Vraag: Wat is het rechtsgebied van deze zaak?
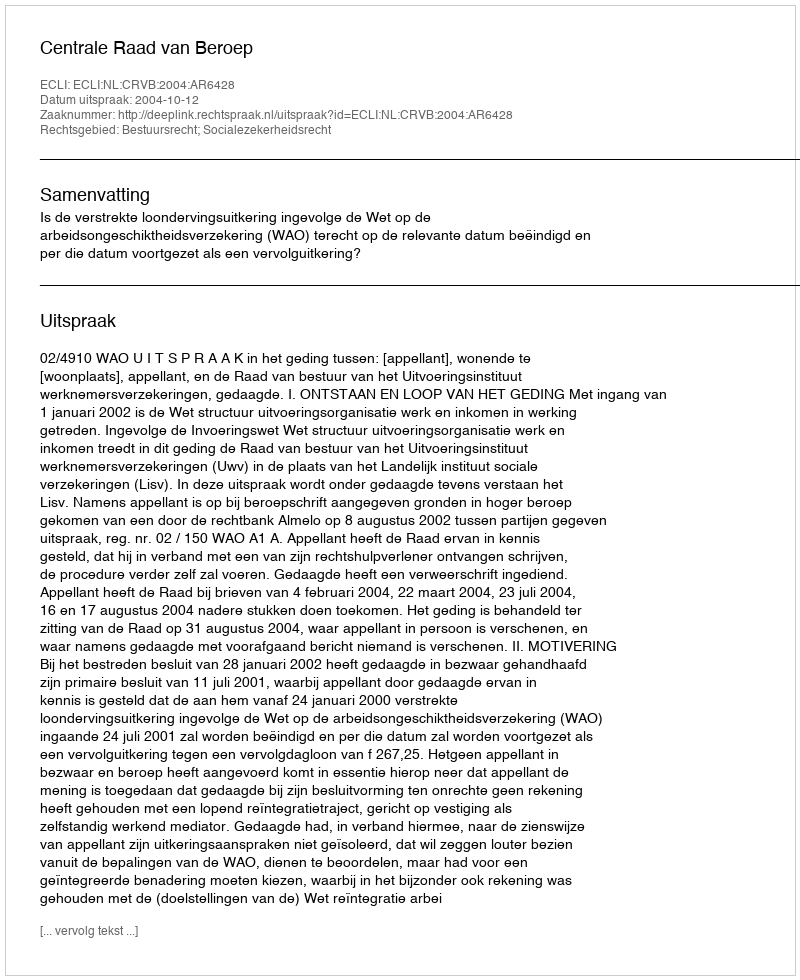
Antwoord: Bestuursrecht; Socialezekerheidsrecht